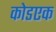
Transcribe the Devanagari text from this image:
कोडएक